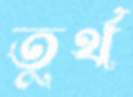
তুর্থ